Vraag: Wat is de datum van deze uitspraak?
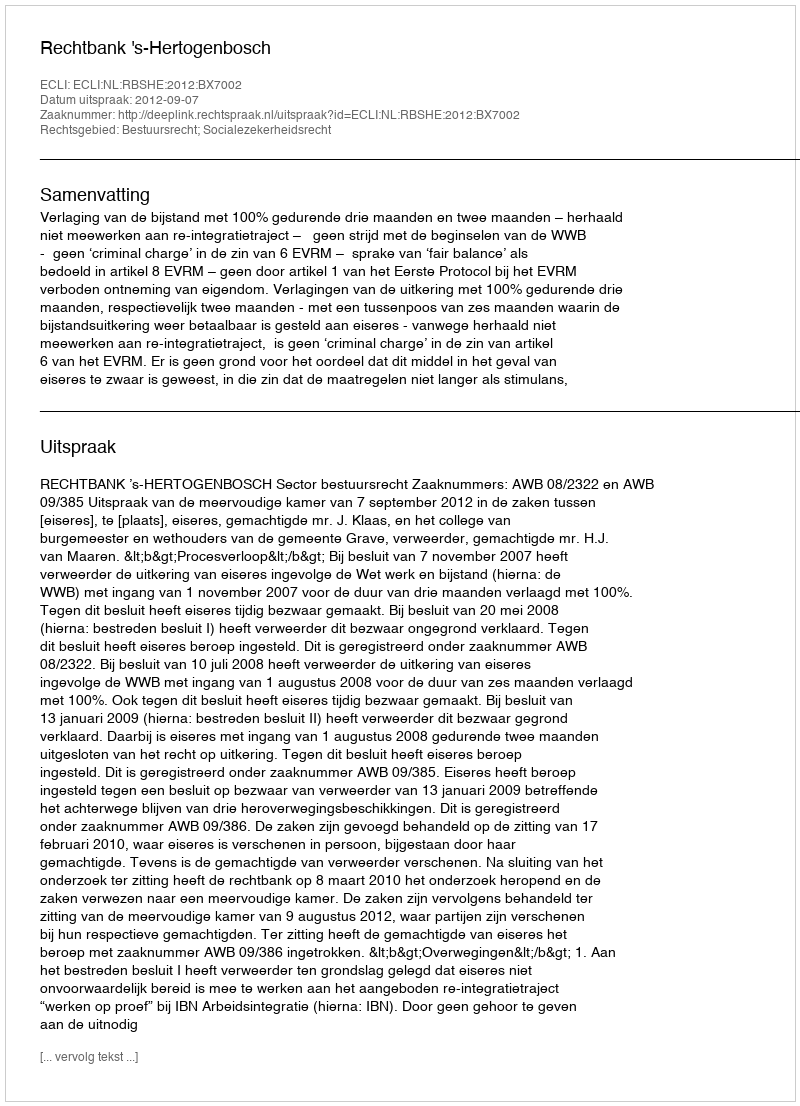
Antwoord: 2012-09-07